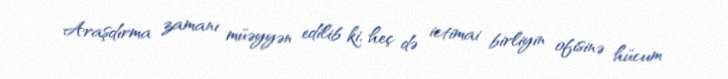
Araşdırma zamanı müəyyən edilib ki, heç də ictimai birliyin ofisinə hücum